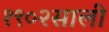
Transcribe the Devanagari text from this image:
१९०२साली